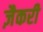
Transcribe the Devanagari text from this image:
ज़ैकरी